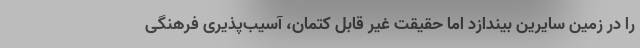
را در زمین سایرین بیندازد اما حقیقت غیر قابل کتمان، آسیب‌پذیری فرهنگی